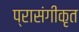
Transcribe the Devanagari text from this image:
प्रासंगीकृत